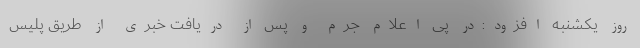
روز یکشنبه افزود:در پی اعلام‌ جرم و پس از دریافت خبری از طریق پلیس